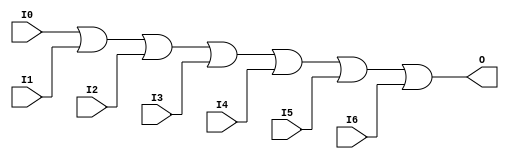

/*

FUNCTION	: 7-INPUT OR GATE

*/

`timescale  100 ps / 10 ps

`celldefine

module OR7 (O, I0, I1, I2, I3, I4, I5, I6);


    output O;

    input  I0, I1, I2, I3, I4, I5, I6;

    or O1 (O, I0, I1, I2, I3, I4, I5, I6);

    specify
	(I0 *> O) = (0, 0);
	(I1 *> O) = (0, 0);
	(I2 *> O) = (0, 0);
	(I3 *> O) = (0, 0);
	(I4 *> O) = (0, 0);
	(I5 *> O) = (0, 0);
	(I6 *> O) = (0, 0);
    endspecify

endmodule

`endcelldefine